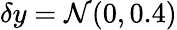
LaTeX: \delta y=\mathcal{N}(0,0.4)